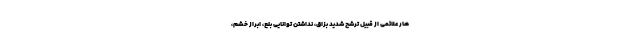
هار علائمی از قبیل ترشح شدید بزاق، نداشتن توانایی بلع، ابراز خشم،